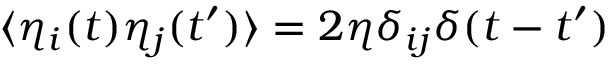
{ \langle \eta _ { i } ( t ) \eta _ { j } ( t ^ { \prime } ) \rangle = 2 \eta \delta _ { i j } \delta ( t - t ^ { \prime } ) }